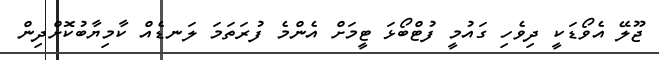
ޖޫލޭ އެވޯޑަކީ ދިވެހި ގައުމީ ފުޓްބޯޅަ ޓީމަށް އެންމެ ފުރަތަމަ ލަނޑެއް ކާމިޔާބުކޮށްދިން